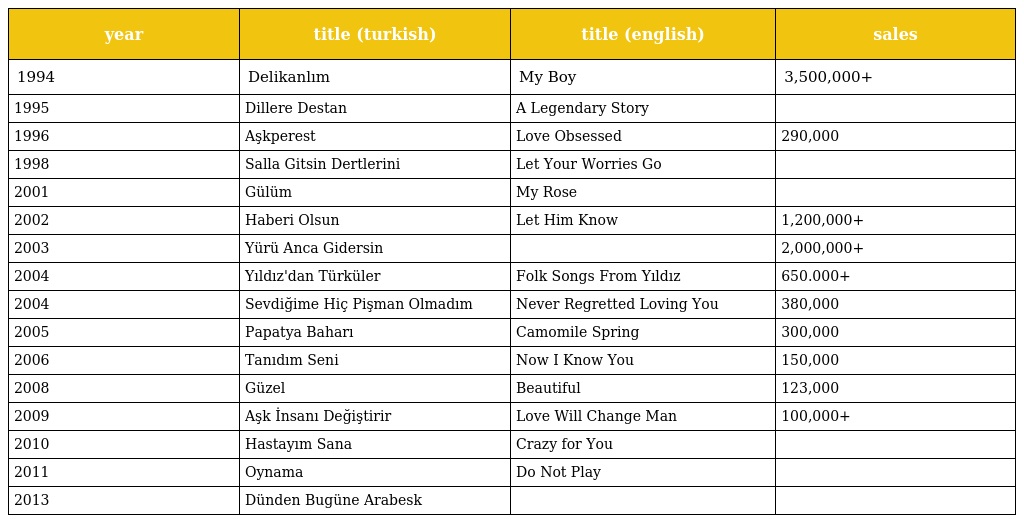
| year | title (turkish) | title (english) | sales |
 | --- | --- | --- | --- |
 | 1994 | Delikanlım | My Boy | 3,500,000+ |
 | 1995 | Dillere Destan | A Legendary Story |  |
 | 1996 | Aşkperest | Love Obsessed | 290,000 |
 | 1998 | Salla Gitsin Dertlerini | Let Your Worries Go |  |
 | 2001 | Gülüm | My Rose |  |
 | 2002 | Haberi Olsun | Let Him Know | 1,200,000+ |
 | 2003 | Yürü Anca Gidersin |  | 2,000,000+ |
 | 2004 | Yıldız'dan Türküler | Folk Songs From Yıldız | 650.000+ |
 | 2004 | Sevdiğime Hiç Pişman Olmadım | Never Regretted Loving You | 380,000 |
 | 2005 | Papatya Baharı | Camomile Spring | 300,000 |
 | 2006 | Tanıdım Seni | Now I Know You | 150,000 |
 | 2008 | Güzel | Beautiful | 123,000 |
 | 2009 | Aşk İnsanı Değiştirir | Love Will Change Man | 100,000+ |
 | 2010 | Hastayım Sana | Crazy for You |  |
 | 2011 | Oynama | Do Not Play |  |
 | 2013 | Dünden Bugüne Arabesk |  |  |